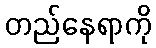
တည်နေရာကို